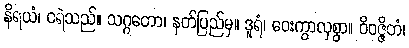
နိရယံ၊ ငရဲသည်။ သဂ္ဂတော၊ နတ်ပြည်မှ။ ဒူရံ၊ ဝေးကွာလှစွာ။ ဝိဝဇ္ဇိတံ၊